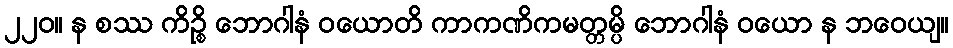
၂၂၀။ န စဿ ကိဉ္စိ ဘောဂါနံ ဝယောတိ ကာကဏိကမတ္တမ္ပိ ဘောဂါနံ ဝယော န ဘဝေယျ။